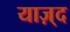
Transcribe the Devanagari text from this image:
याज़्द